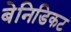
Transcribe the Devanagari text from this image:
बेनिडिकट